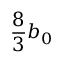
\frac { 8 } { 3 } b _ { 0 }